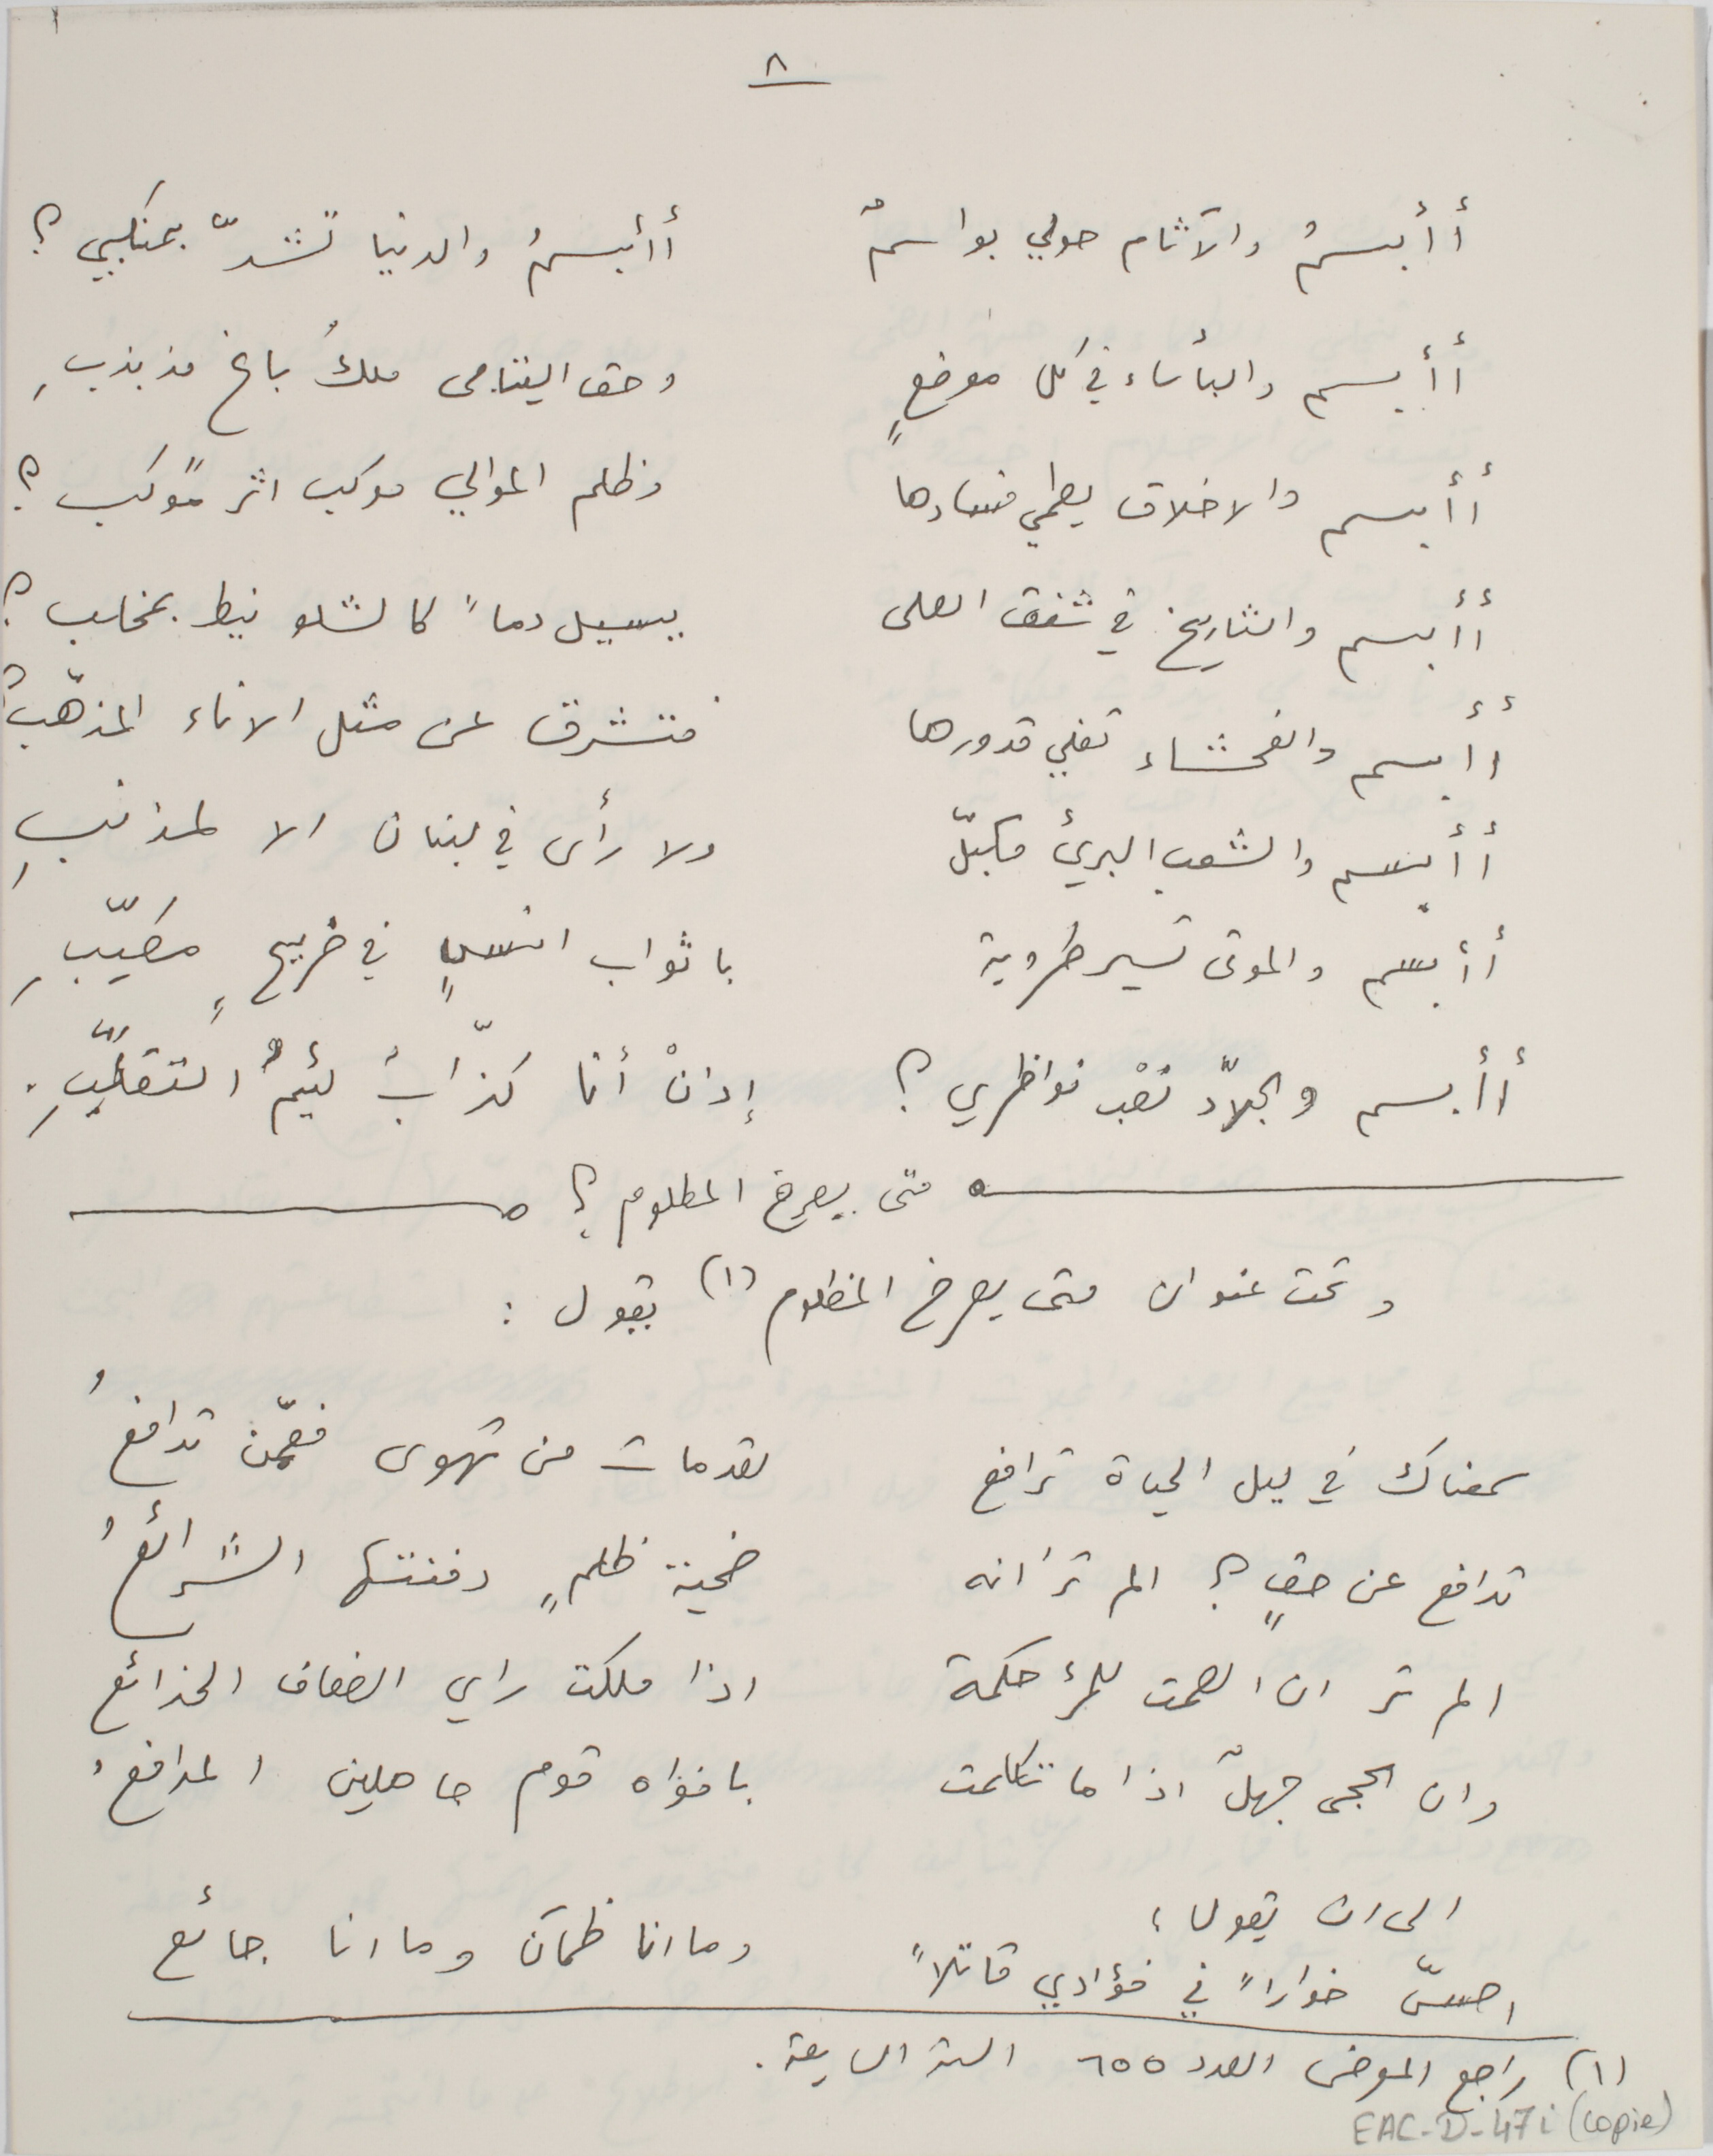
أأبسمُ والآثام حولي بواسمٌ                أأبسمُ والدنيا تشدّ بمنكبي؟
أأبسم والبأساء في كل موضعٍ                             وحق اليتامى ملك باعٍ مذبذبِ
أأبسم والاخلاق يطمي فسادها               وظلم الموالي موكب اثر موكب ؟
أأبسم والتاريخ في شفق العلى           يسيل دماً كالشلو نيط بمخلب ؟
أأبسم والفحشاء تغلي قدورها                        فتشرق عن مثل الاناء المذهّب ؟
أأبسم والشعب البريء مكبلّ                    ولا رأى في لبنان الا لمذنبِ
أأبسم والموتى تسير طروبة                 باثواب انسٍ في ضريحٍ مطيّبِ
أأبسم والجلاد تعْب نواظري ؟                  إذنْ أنا كذابُ لئيمُ التقلّبِ.
متى بيصرخ المطلوم ؟
وتحت عنوان متى يصرخ المظلوم (١) يقول :
سمعناك في ليل الحياة ترافع              لقد مات من تهوى فعمّن تدافعُ
تدافع عن حقٍ؟ الم ترَ انه               ضحية ظلمٍ دفنتها الشرائعُ
الم تر ان الصمت للمرء حكمة               اذا ملكت راي الضعاف الخدائع
وان الحجى جهلّ اذا ما تكلمت                 بافواه قوم حاملين المدافعُ
الى ان يقول :
احسّ خواراً في فؤادي قاتلاً                       وما انا ظمآن وما انا جائع
(١) راجع المعرض العدد ٦٥٥ السنة السابعة.
٨                                            ١
EAC-D-47i (copie)